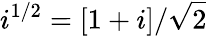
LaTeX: i^{1/2}=[1+i]/\sqrt{2}